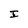
Character: I